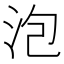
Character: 泡